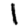
Digit: 1